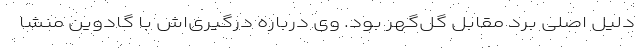
دلیل اصلی برد مقابل گل‌گهر بود. وی درباره درگیری‌اش با گادوین منشا